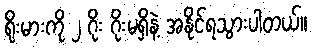
ရိုးမားကို ၂ ဂိုး ဂိုးမရှိနဲ့ အနိုင်ရသွားပါတယ်။